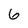
Character: 6